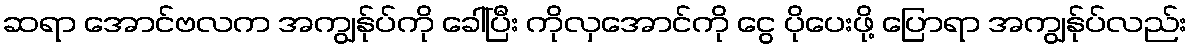
ဆရာ အောင်ဗလက အကျွန်ုပ်ကို ခေါ်ပြီး ကိုလှအောင်ကို ငွေ ပိုပေးဖို့ ပြောရာ အကျွန်ုပ်လည်း